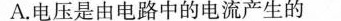
A.电压是由电路中的电流产生的